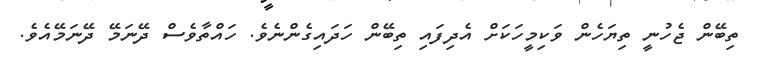
ތިބޭން ޖެހުނީ ތިޔަހެން ވަކިމީހަކަށް އެދިފައި ތިބޭން ހަދައިގެންނެވެ. ހައްތާވެސް ދޭނަމޭ ދޭނަމޭއެވެ.